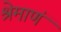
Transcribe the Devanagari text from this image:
श्रेमाणं